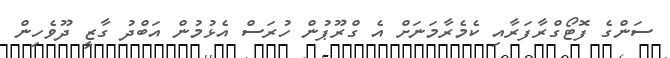
ސަންގެ ފޮޓޯގްރާފަރާއި ކެމެރާމަނަށް އެ ގްރޫޕުން ހުރަސް އެޅުމުން އަބްދު ގާޒީ ދޫވެހިން